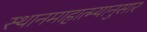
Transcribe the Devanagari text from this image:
स्थानमाहात्म्यानुसार